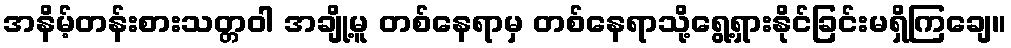
အနိမ့်တန်းစားသတ္တဝါ အချို့မူ တစ်နေရာမှ တစ်နေရာသို့ရွေ့ရှားနိုင်ခြင်းမရှိကြချေ။